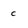
Character: c